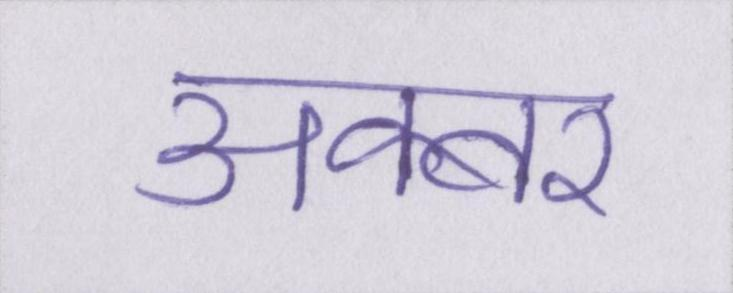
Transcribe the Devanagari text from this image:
अक्बर